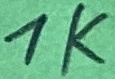
Text: 1K